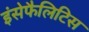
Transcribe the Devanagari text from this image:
इंसेफैलिटिस